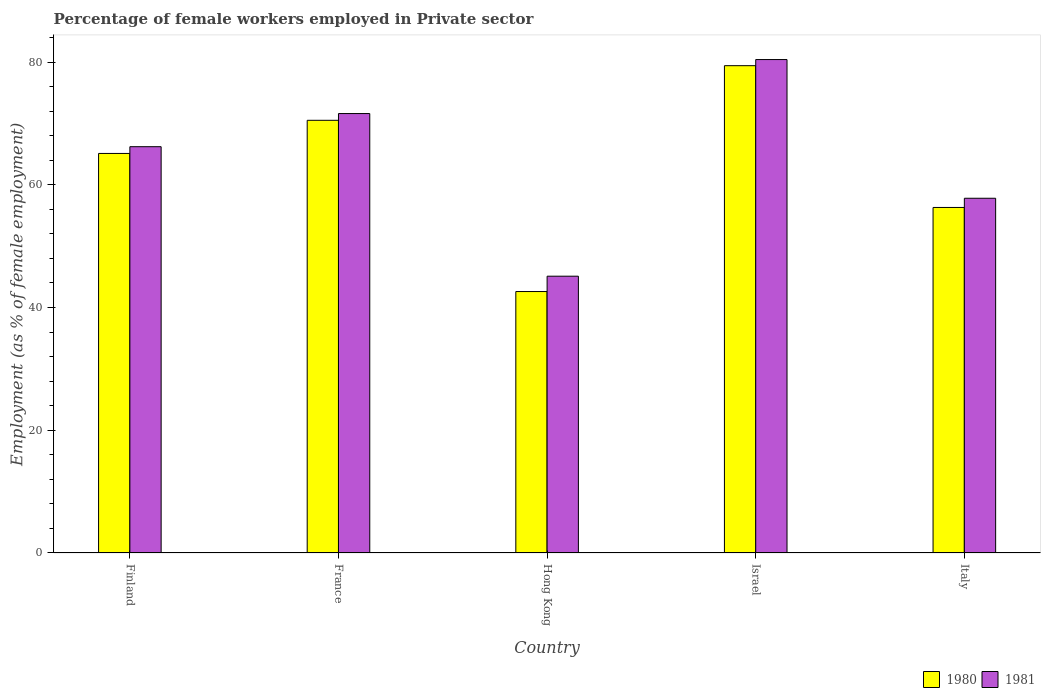
| Country | 1980 | 1981 |
 | --- | --- | --- |
 | Finland | 65.1 | 66.2 |
 | France | 70.5 | 71.6 |
 | Hong Kong | 42.6 | 45.1 |
 | Israel | 79.4 | 80.4 |
 | Italy | 56.3 | 57.8 |